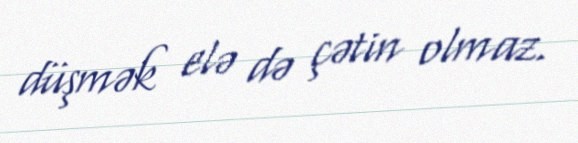
düşmək elə də çətin olmaz.